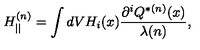
H _ { | | } ^ { ( n ) } = \int d V H _ { i } ( x ) \frac { { \partial } ^ { i } Q ^ { * ( n ) } ( x ) } { \lambda ( n ) } ,